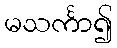
မသင်္ကာ၍